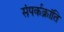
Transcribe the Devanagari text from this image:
संपर्कक्रांति